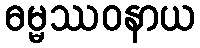
ဓမ္မဿဝနာယ